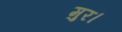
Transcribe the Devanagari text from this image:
मुर।